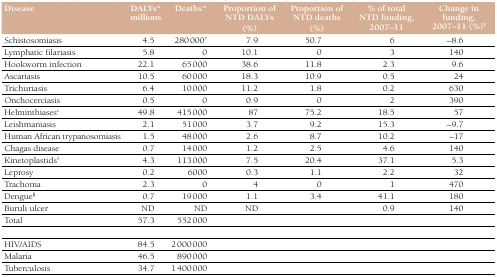
<table><thead><tr><td><b>Disease</b></td><td><b>DALYs* millions</b></td><td><b>Deaths*</b></td><td><b>Proportion of NTD DALYs (%)</b></td><td><b>Proportion of NTD deaths (%)</b></td><td><b>% of total NTD funding, 2007–11</b></td><td><b>Change in funding, 2007–11 (%)<sup>¶</sup></b></td></tr></thead><tbody><tr><td>Schistosomiasis</td><td>4.5</td><td>280 000<sup>†</sup></td><td>7.9</td><td>50.7</td><td>6</td><td>–8.6</td></tr><tr><td>Lymphatic filariasis</td><td>5.8</td><td>0</td><td>10.1</td><td>0</td><td>3</td><td>140</td></tr><tr><td>Hookworm infection</td><td>22.1</td><td>65 000</td><td>38.6</td><td>11.8</td><td>2.3</td><td>9.6</td></tr><tr><td>Ascariasis</td><td>10.5</td><td>60 000</td><td>18.3</td><td>10.9</td><td>0.5</td><td>24</td></tr><tr><td>Trichuriasis</td><td>6.4</td><td>10 000</td><td>11.2</td><td>1.8</td><td>0.2</td><td>630</td></tr><tr><td>Onchocerciasis</td><td>0.5</td><td>0</td><td>0.9</td><td>0</td><td>2</td><td>390</td></tr><tr><td>Helminthiases<sup>c</sup></td><td>49.8</td><td>415 000</td><td>87</td><td>75.2</td><td>18.5</td><td>57</td></tr><tr><td>Leishmaniasis</td><td>2.1</td><td>51 000</td><td>3.7</td><td>9.2</td><td>15.3</td><td>–9.7</td></tr><tr><td>Human African trypanosomiasis</td><td>1.5</td><td>48 000</td><td>2.6</td><td>8.7</td><td>10.2</td><td>–17</td></tr><tr><td>Chagas disease</td><td>0.7</td><td>14 000</td><td>1.2</td><td>2.5</td><td>4.6</td><td>140</td></tr><tr><td>Kinetoplastids<sup>‡</sup></td><td>4.3</td><td>113 000</td><td>7.5</td><td>20.4</td><td>37.1</td><td>5.3</td></tr><tr><td>Leprosy</td><td>0.2</td><td>6000</td><td>0.3</td><td>1.1</td><td>2.2</td><td>32</td></tr><tr><td>Trachoma</td><td>2.3</td><td>0</td><td>4</td><td>0</td><td>1</td><td>470</td></tr><tr><td>Dengue<sup>§</sup></td><td>0.7</td><td>19 000</td><td>1.1</td><td>3.4</td><td>41.1</td><td>180</td></tr><tr><td>Buruli ulcer</td><td>ND</td><td>ND</td><td>ND</td><td></td><td>0.9</td><td>140</td></tr><tr><td>Total</td><td>57.3</td><td>552 000</td><td></td><td></td><td></td><td></td></tr><tr><td>HIV/AIDS</td><td>84.5</td><td>2 000 000</td><td></td><td></td><td></td><td></td></tr><tr><td>Malaria</td><td>46.5</td><td>890 000</td><td></td><td></td><td></td><td></td></tr><tr><td>Tuberculosis</td><td>34.7</td><td>1 400 000</td><td></td><td></td><td></td><td></td></tr></tbody></table>